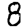
Digit: 8